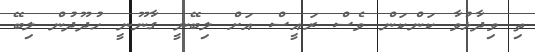
ތި ވިދާޅުވާ ކަންކަން ވެސް ރައީސް އަށް ލިބޭނީ ގާނޫނީ ހުދޫދުން ލިބޭ